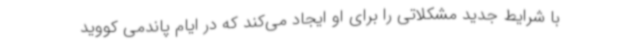
با شرایط جدید مشکلاتی را برای او ایجاد می‌کند که در ایام پاندمی کووید